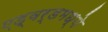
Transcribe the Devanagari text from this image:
एड्वर्डमध्ये